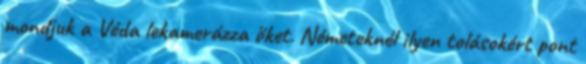
mondjuk a Véda lekamerázza őket. Németeknél ilyen tolásokért pont